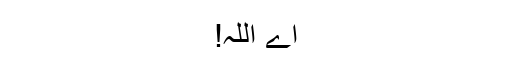
اے اللّٰہ!